Civil Veterinary Dept. North-West Frontier Province 1933-46 - 1933-1946
Year: 1933
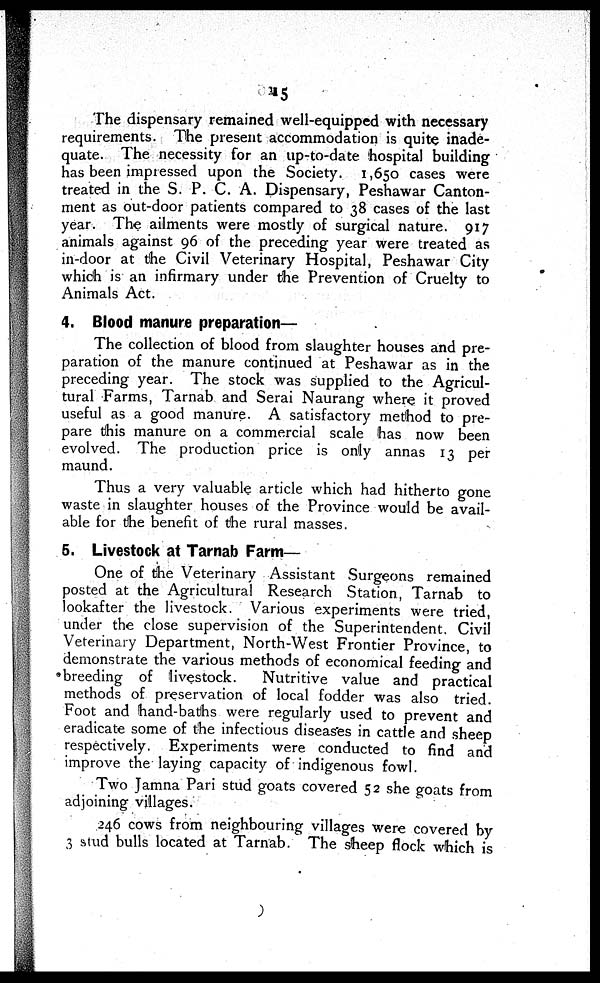
15
The dispensary remained well-equipped with necessary
requirements. The present accommodation is quite inade-
quate. The necessity for an up-to-date, hospital building
has been impressed upon the Society. 1,650 cases were
treated in the S. P. C. A. Dispensary, Peshawar Canton-
ment as out-door patients compared to 38 cases of the last
year. The ailments were mostly of surgical nature. 917
animals against 96 of the preceding year were treated as
in-door at the Civil Veterinary Hospital, Peshawar City
which is an infirmary under the Prevention of Cruelty to
Animals Act.
4. Blood manure preparation—
The collection of blood from slaughter houses and pre-
paration of the manure continued at Peshawar as in the
preceding year. The stock was supplied to the Agricul-
tural Farms, Tarnab and Serai Naurang where it proved
useful as a good manure. A satisfactory method to pre-
pare this manure on a commercial scale has now been
evolved. The production price is only annas 13 per
maund.
Thus a very valuable article which had hitherto gone
waste in slaughter houses of the Province would be avail-
able for the benefit of the rural masses.
5. Livestock at Tarnab Farm—
One of the Veterinary Assistant Surgeons remained
posted at the Agricultural Research Station, Tarnab to
lookafter the livestock. Various experiments were tried,
under the close supervision of the Superintendent. Civil
Veterinary Department, North-West Frontier Province, to
demonstrate the various methods of economical feeding and
breeding of livestock.
Nutritive value and practical
methods of preservation of local fodder was also tried.
Foot and hand-baths were regularly used to prevent and
eradicate some of the infectious diseases in cattle and sheep
respectively. Experiments were conducted to find and
improve the laying capacity of indigenous fowl.
Two Jamna Pari stud goats covered 52 she goats from
adjoining villages.
246 cows from neighbouring villages were covered by
3 stud bulls located at Tarnab. The sheep flock which is